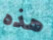
هذه